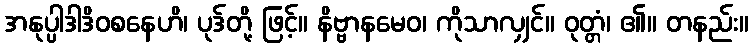
အနုပ္ပါဒါဒိဝစနေဟိ၊ ပုဒ်တို့ ဖြင့်။ နိဗ္ဗာနမေဝ၊ ကိုသာလျှင်။ ဝုတ္တံ၊ ၏။ တနည်း။